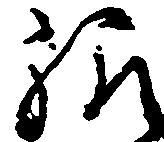
給